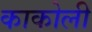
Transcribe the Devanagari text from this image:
काकोली